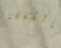
بالشفقة